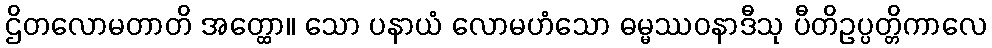
ဌိတလောမတာတိ အတ္ထော။ သော ပနာယံ လောမဟံသော ဓမ္မဿဝနာဒီသု ပီတိဥပ္ပတ္တိကာလေ